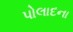
પોલાદના